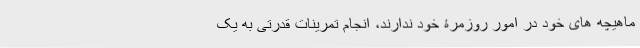
ماهیچه های خود در امور روزمرۀ خود ندارند، انجام تمرینات قدرتی به یک